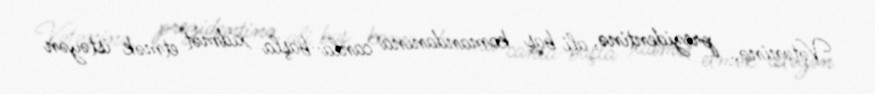
Vətəninə, prezidentinə, ali baş komandanına canla-başla xidmət etmək istəyən